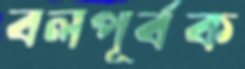
বলপূর্বক